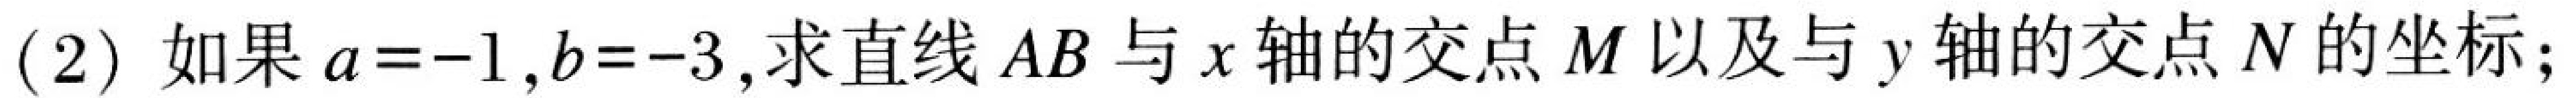
(2) 如果\(a = - 1,b = - 3\),求直线\(AB\)与\(x\)轴的交点\(M\)以及与\(y\)轴的交点\(N\)的坐标;